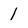
Character: 1